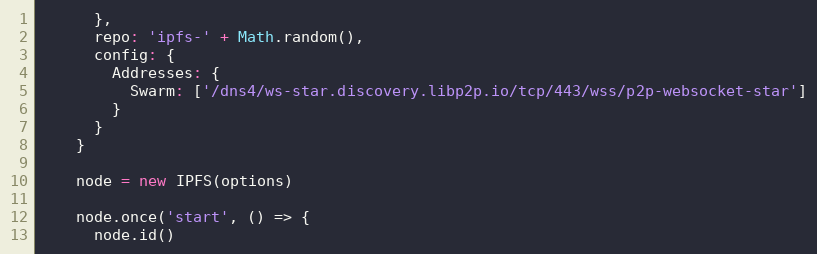
Language: JavaScript
      },
      repo: 'ipfs-' + Math.random(),
      config: {
        Addresses: {
          Swarm: ['/dns4/ws-star.discovery.libp2p.io/tcp/443/wss/p2p-websocket-star']
        }
      }
    }

    node = new IPFS(options)

    node.once('start', () => {
      node.id()